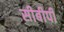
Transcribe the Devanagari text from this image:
सीबीपी